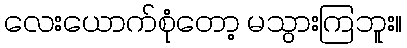
လေးယောက်စုံတော့ မသွားကြဘူး။